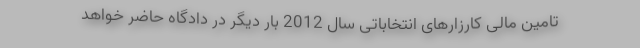
تامین مالی کارزارهای انتخاباتی سال 2012 بار دیگر در دادگاه حاضر خواهد